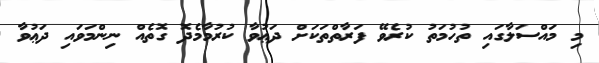
މި މައްސަލާގައި ތުހުމަތު ކުރެވޭ ފަރާތްތަކަށް ދަޢުވާ ކުރުމާމެދޮ ގޮތެއް ނިންމަވައި ދަޢުވާ